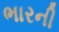
ભારની